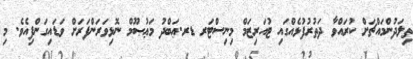
ތިލަދުންމައްޗަށް ކުރައްވާ ދަތުރުފުޅެއްގައި ޓުއަރިޒަމް މިނިސްޓަރ ޑރ.ޢަބްދު މަޢުޞޫމް ނޮޅިވަރަންފަރަށް ވަޑައިގަންފިއެވެ. މި